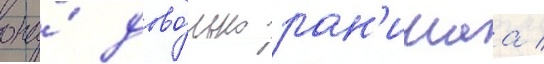
она́ дово́льно ран'имаа /